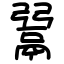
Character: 𩰲